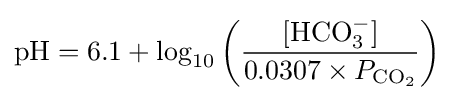
\mathrm {pH} =6.1+\log _{10}\left({\frac {[\mathrm {HCO} _{3}^{-}]}{0.0307\times P_{\mathrm {CO} _{2}}}}\right)